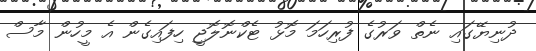
ދުނިޔޭގައި ނެތް ވަރުގެ ފުރިހަމަ މޮޅު ޓެކްނޮލޮޖީ ހިފައިގެން އެ މީހުން މާސް